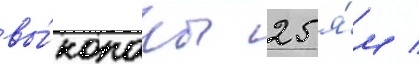
вы́копаны 25 я́м /